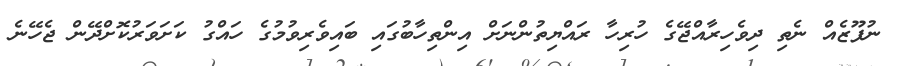
ނުފޫޒެއް ނެތި ދިވެހިރާއްޖޭގެ ހުރިހާ ރައްޔިތުންނަށް އިންތިހާބުގައި ބައިވެރިވުމުގެ ހައްގު ކަށަވަރުކޮށްދޭން ޖެހޭނެ